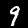
Label: 9